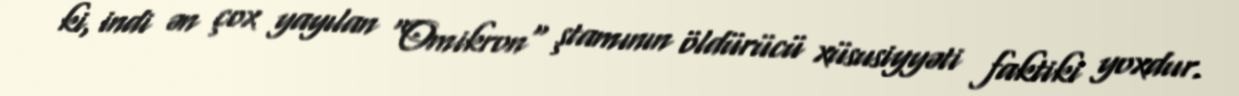
ki, indi ən çox yayılan "Omikron" ştamının öldürücü xüsusiyyəti faktiki yoxdur.